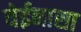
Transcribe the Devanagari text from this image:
येईनासा